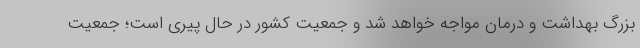
بزرگ بهداشت و درمان مواجه خواهد شد و جمعیت کشور در حال پیری است؛ جمعیت